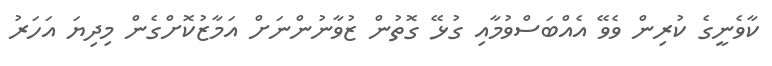
ކާވެނީގެ ކުރިން ވެވޭ އެއްބަސްވުމާއި ގުޅޭ ގޮތުން ޒުވާނުންނަށް އަމާޒުކޮށްގެން މިދިޔަ އަހަރު